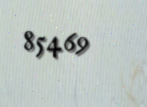
85469